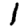
Digit: 1